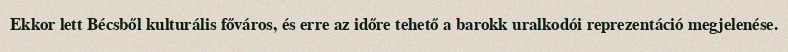
Ekkor lett Bécsből kulturális főváros, és erre az időre tehető a barokk uralkodói reprezentáció megjelenése.